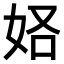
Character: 𫰚